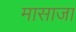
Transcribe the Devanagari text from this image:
मासाजा